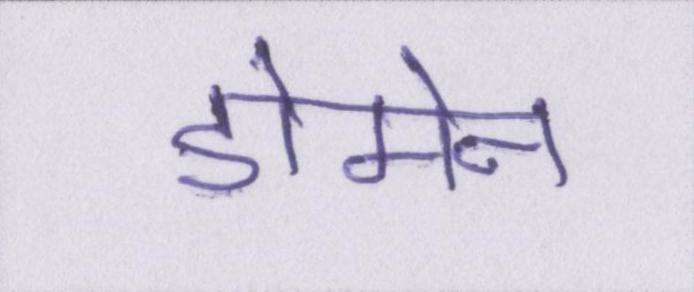
डोमेन